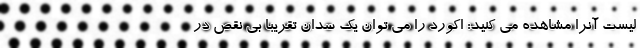
لیست آنرا مشاهده می کنید: اکورد را می توان یک سدان تقریبا بی نقص در